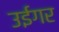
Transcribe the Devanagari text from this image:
उईगर